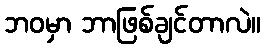
ဘဝမှာ ဘာဖြစ်ချင်တာလဲ။